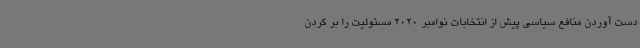
دست آوردن منافع سیاسی پیش از انتخابات نوامبر 2020 مسئولیت را بر گردن